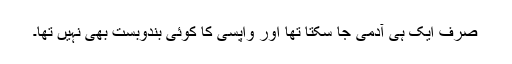
صرف ایک ہی آدمی جا سکتا تھا اور واپسی کا کوئی بندوبست بھی نہیں تھا۔